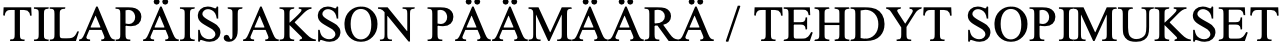
TILAPÄISJAKSON PÄÄMÄÄRÄ / TEHDYT SOPIMUKSET